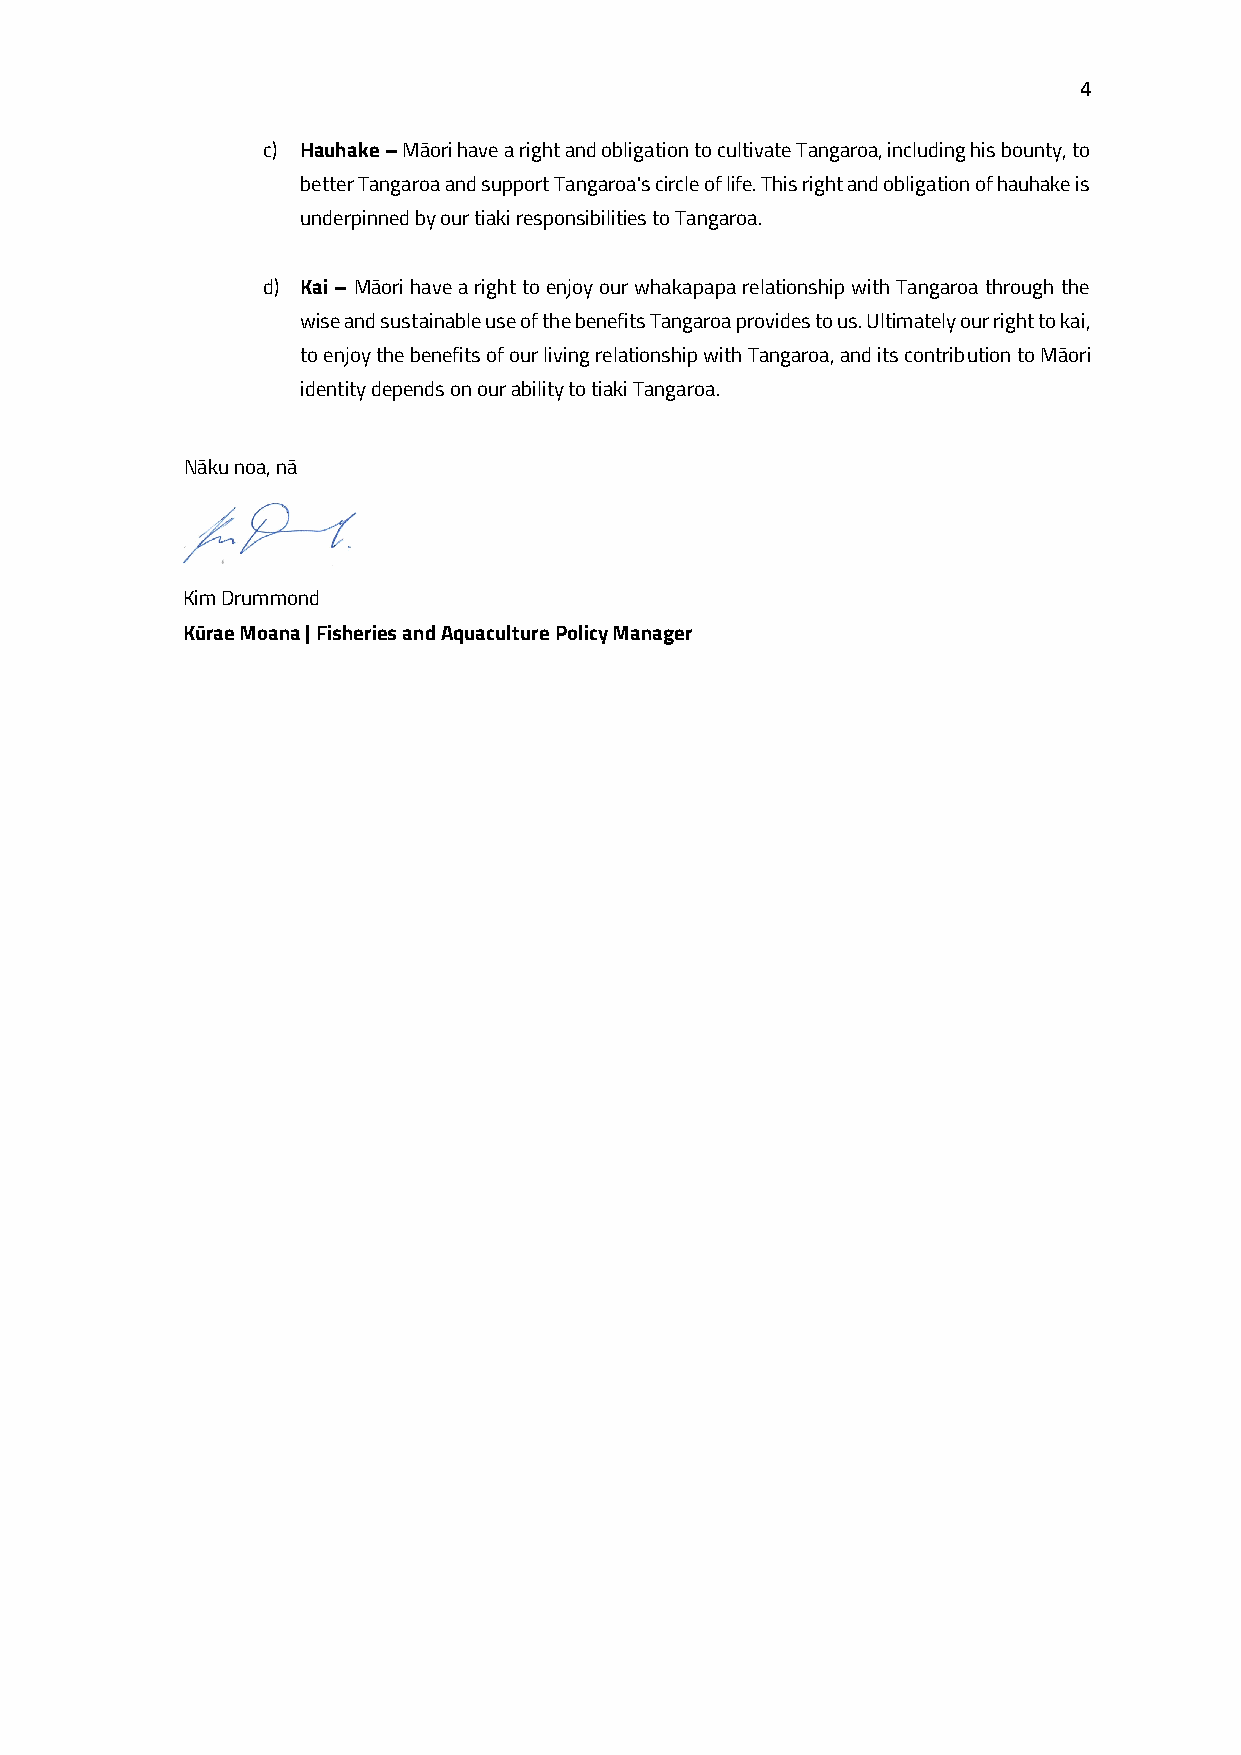
4
 c) Hauhake – Māori have a right and obligation to cultivate Tangaroa, including his bounty, to
 better Tangaroa and support Tangaroa's circle of life. This right and obligation of hauhake is
 underpinned by our tiaki responsibilities to Tangaroa.
 d) Kai – Māori have a right to enjoy our whakapapa relationship with Tangaroa through the
 wise and sustainable use of the benefits Tangaroa provides to us. Ultimately our right to kai,
 to enjoy the benefits of our living relationship with Tangaroa, and its contribution to Māori
 identity depends on our ability to tiaki Tangaroa.
 Nāku noa, nā
 Kim Drummond
 Kūrae Moana | Fisheries and Aquaculture Policy Manager